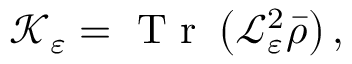
\mathcal { K } _ { \varepsilon } = \mathrm { ~ T ~ r ~ } \left( \mathcal { L } _ { \varepsilon } ^ { 2 } \bar { \rho } \right) ,